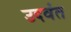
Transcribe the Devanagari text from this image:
उदवंत